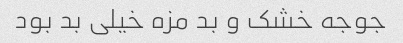
جوجه خشک و بد مزه خیلی بد بود